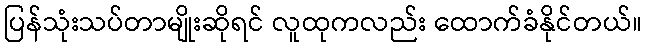
ပြန်သုံးသပ်တာမျိုးဆိုရင် လူထုကလည်း ထောက်ခံနိုင်တယ်။